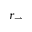
r _ { \rightarrow }